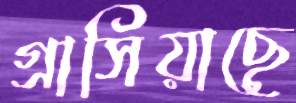
গ্রাসিয়াছে